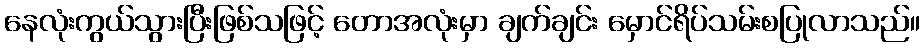
နေလုံးကွယ်သွားပြီးဖြစ်သဖြင့် တောအလုံးမှာ ချက်ချင်း မှောင်ရိပ်သမ်းစပြုလာသည်။